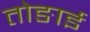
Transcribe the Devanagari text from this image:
तोङाई